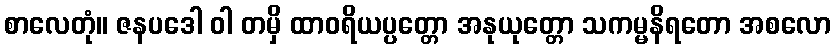
စာလေတုံ။ ဇနပဒေါ ဝါ တမှိ ထာဝရိယပ္ပတ္တော အနုယုတ္တော သကမ္မနိရတော အစလော